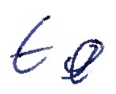
Text: to
Cross-out: clean
Writing tool: ballpoint